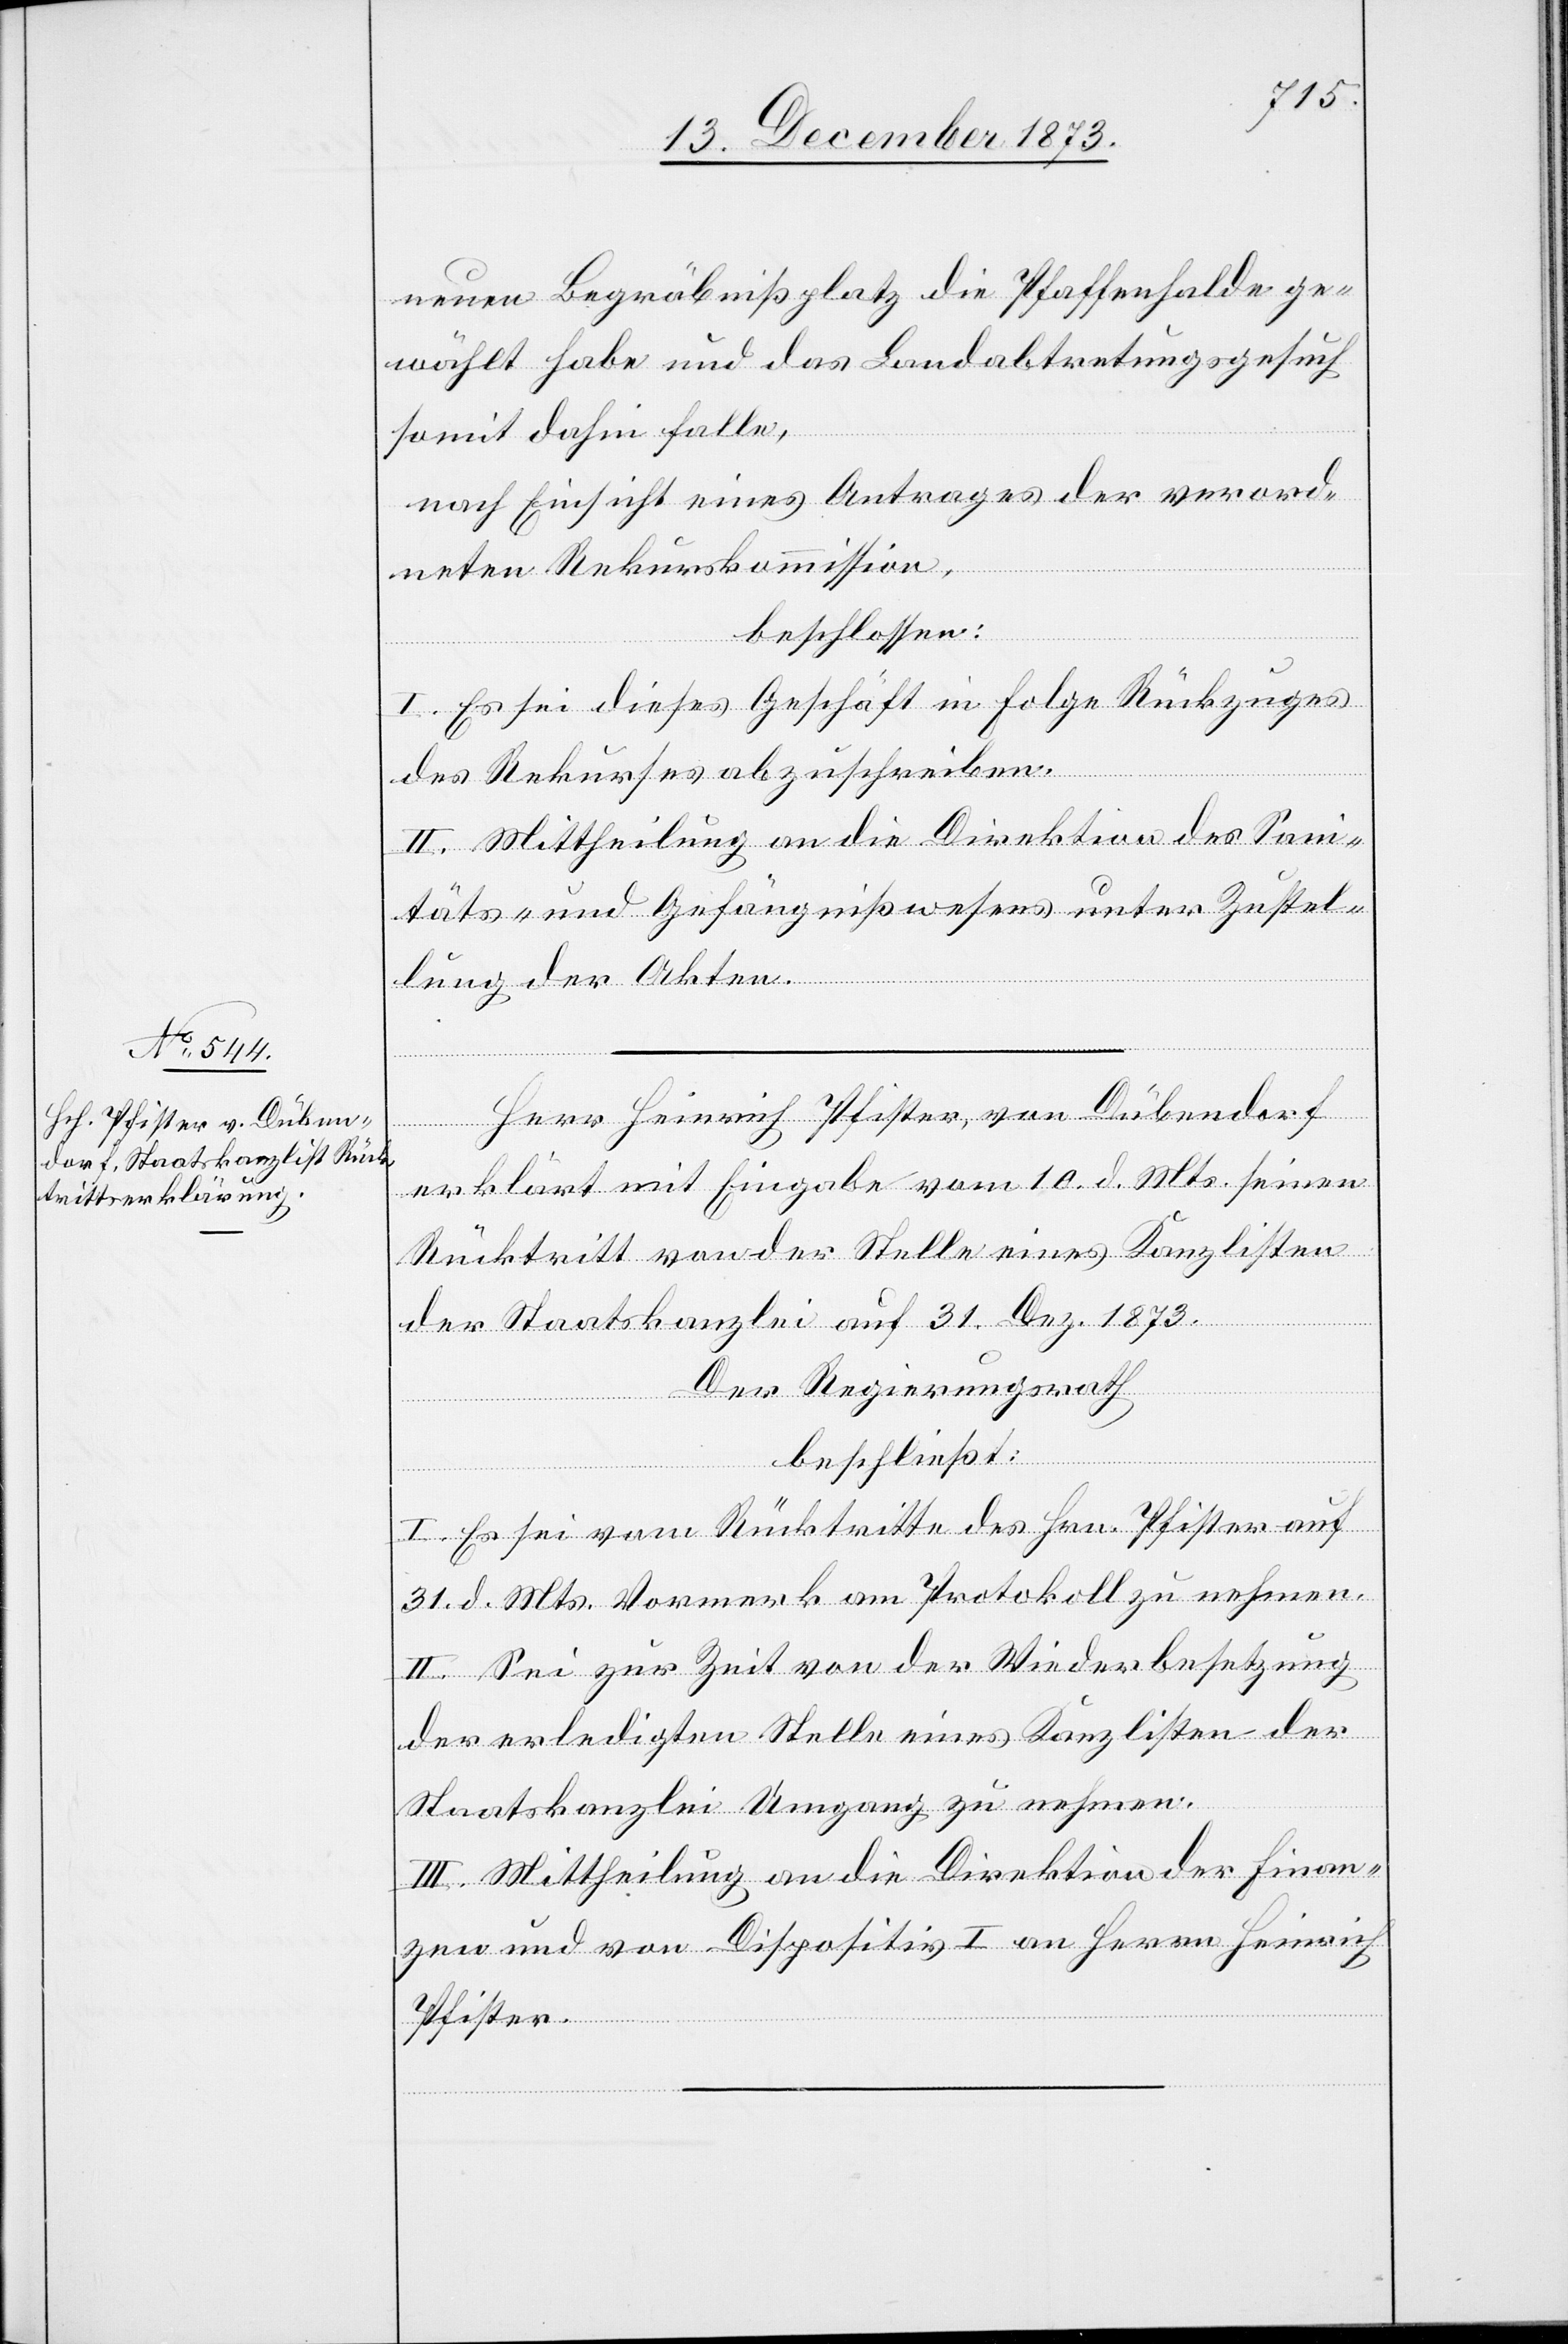
neuen Begräbnißplatz die Pfaffenhalde ge¬
wählt habe und das Landabtretungsgesuch
somit dahin falle,
nach Einsicht eines Antrages der verord¬
neten Rekurskommission,
beschlossen:
I. Es sei dieses Geschäft in Folge Rückzuges
des Rekurses abzuschreiben.
II. Mittheilung an die Direktion des Sani¬
täts- und Gefängnißwesens unter Zustel¬
lung der Akten.
Herr Heinrich Pfister, von Dübendorf
erklärt mit Eingabe vom 10. d. Mts. seinen
Rücktritt von der Stelle eines Kanzlisten
der Staatskanzlei auf 31. Dez. 1873.
Der Regierungsrath
beschließt:
I. Es sei vom Rücktritte des Hrn. Pfister auf
31. d. Mts. Vormerk am Protokoll zu nehmen.
II. Sei zur Zeit von der Wiederbesetzung
der erledigten Stelle eines Kanzlisten der
Staatskanzlei Umgang zu nehmen.
III. Mittheilung an die Direktion der Finan¬
zen und von Dispositiv I an Herrn Heinrich
Pfister.